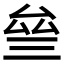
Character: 𠫰